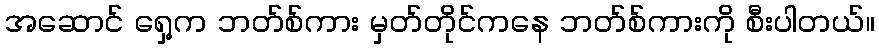
အဆောင် ရှေ့က ဘတ်စ်ကား မှတ်တိုင်ကနေ ဘတ်စ်ကားကို စီးပါတယ်။